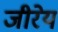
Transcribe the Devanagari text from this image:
जीरेय